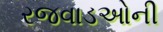
રજવાડઓની